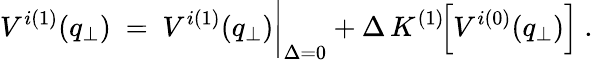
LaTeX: V^{i(1)}(q_{\perp})\ =\ V^{i(1)}(q_{\perp})\bigg|_{\Delta=0}+\Delta\, K^{(1)}\! \! \left[V^{i(0)}(q_{\perp})\right]\ .